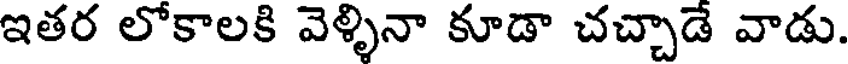
ఇతర లోకాలకి వెళ్ళినా కూడా చచ్చాడే వాడు.